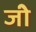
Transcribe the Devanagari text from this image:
जीे